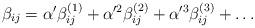
\begin{align*}\beta_{ij}=\alpha'\beta_{ij}^{(1)}+\alpha'^2\beta_{ij}^{(2)}+\alpha'^3\beta_{ij}^{(3)}+\ldots\end{align*}